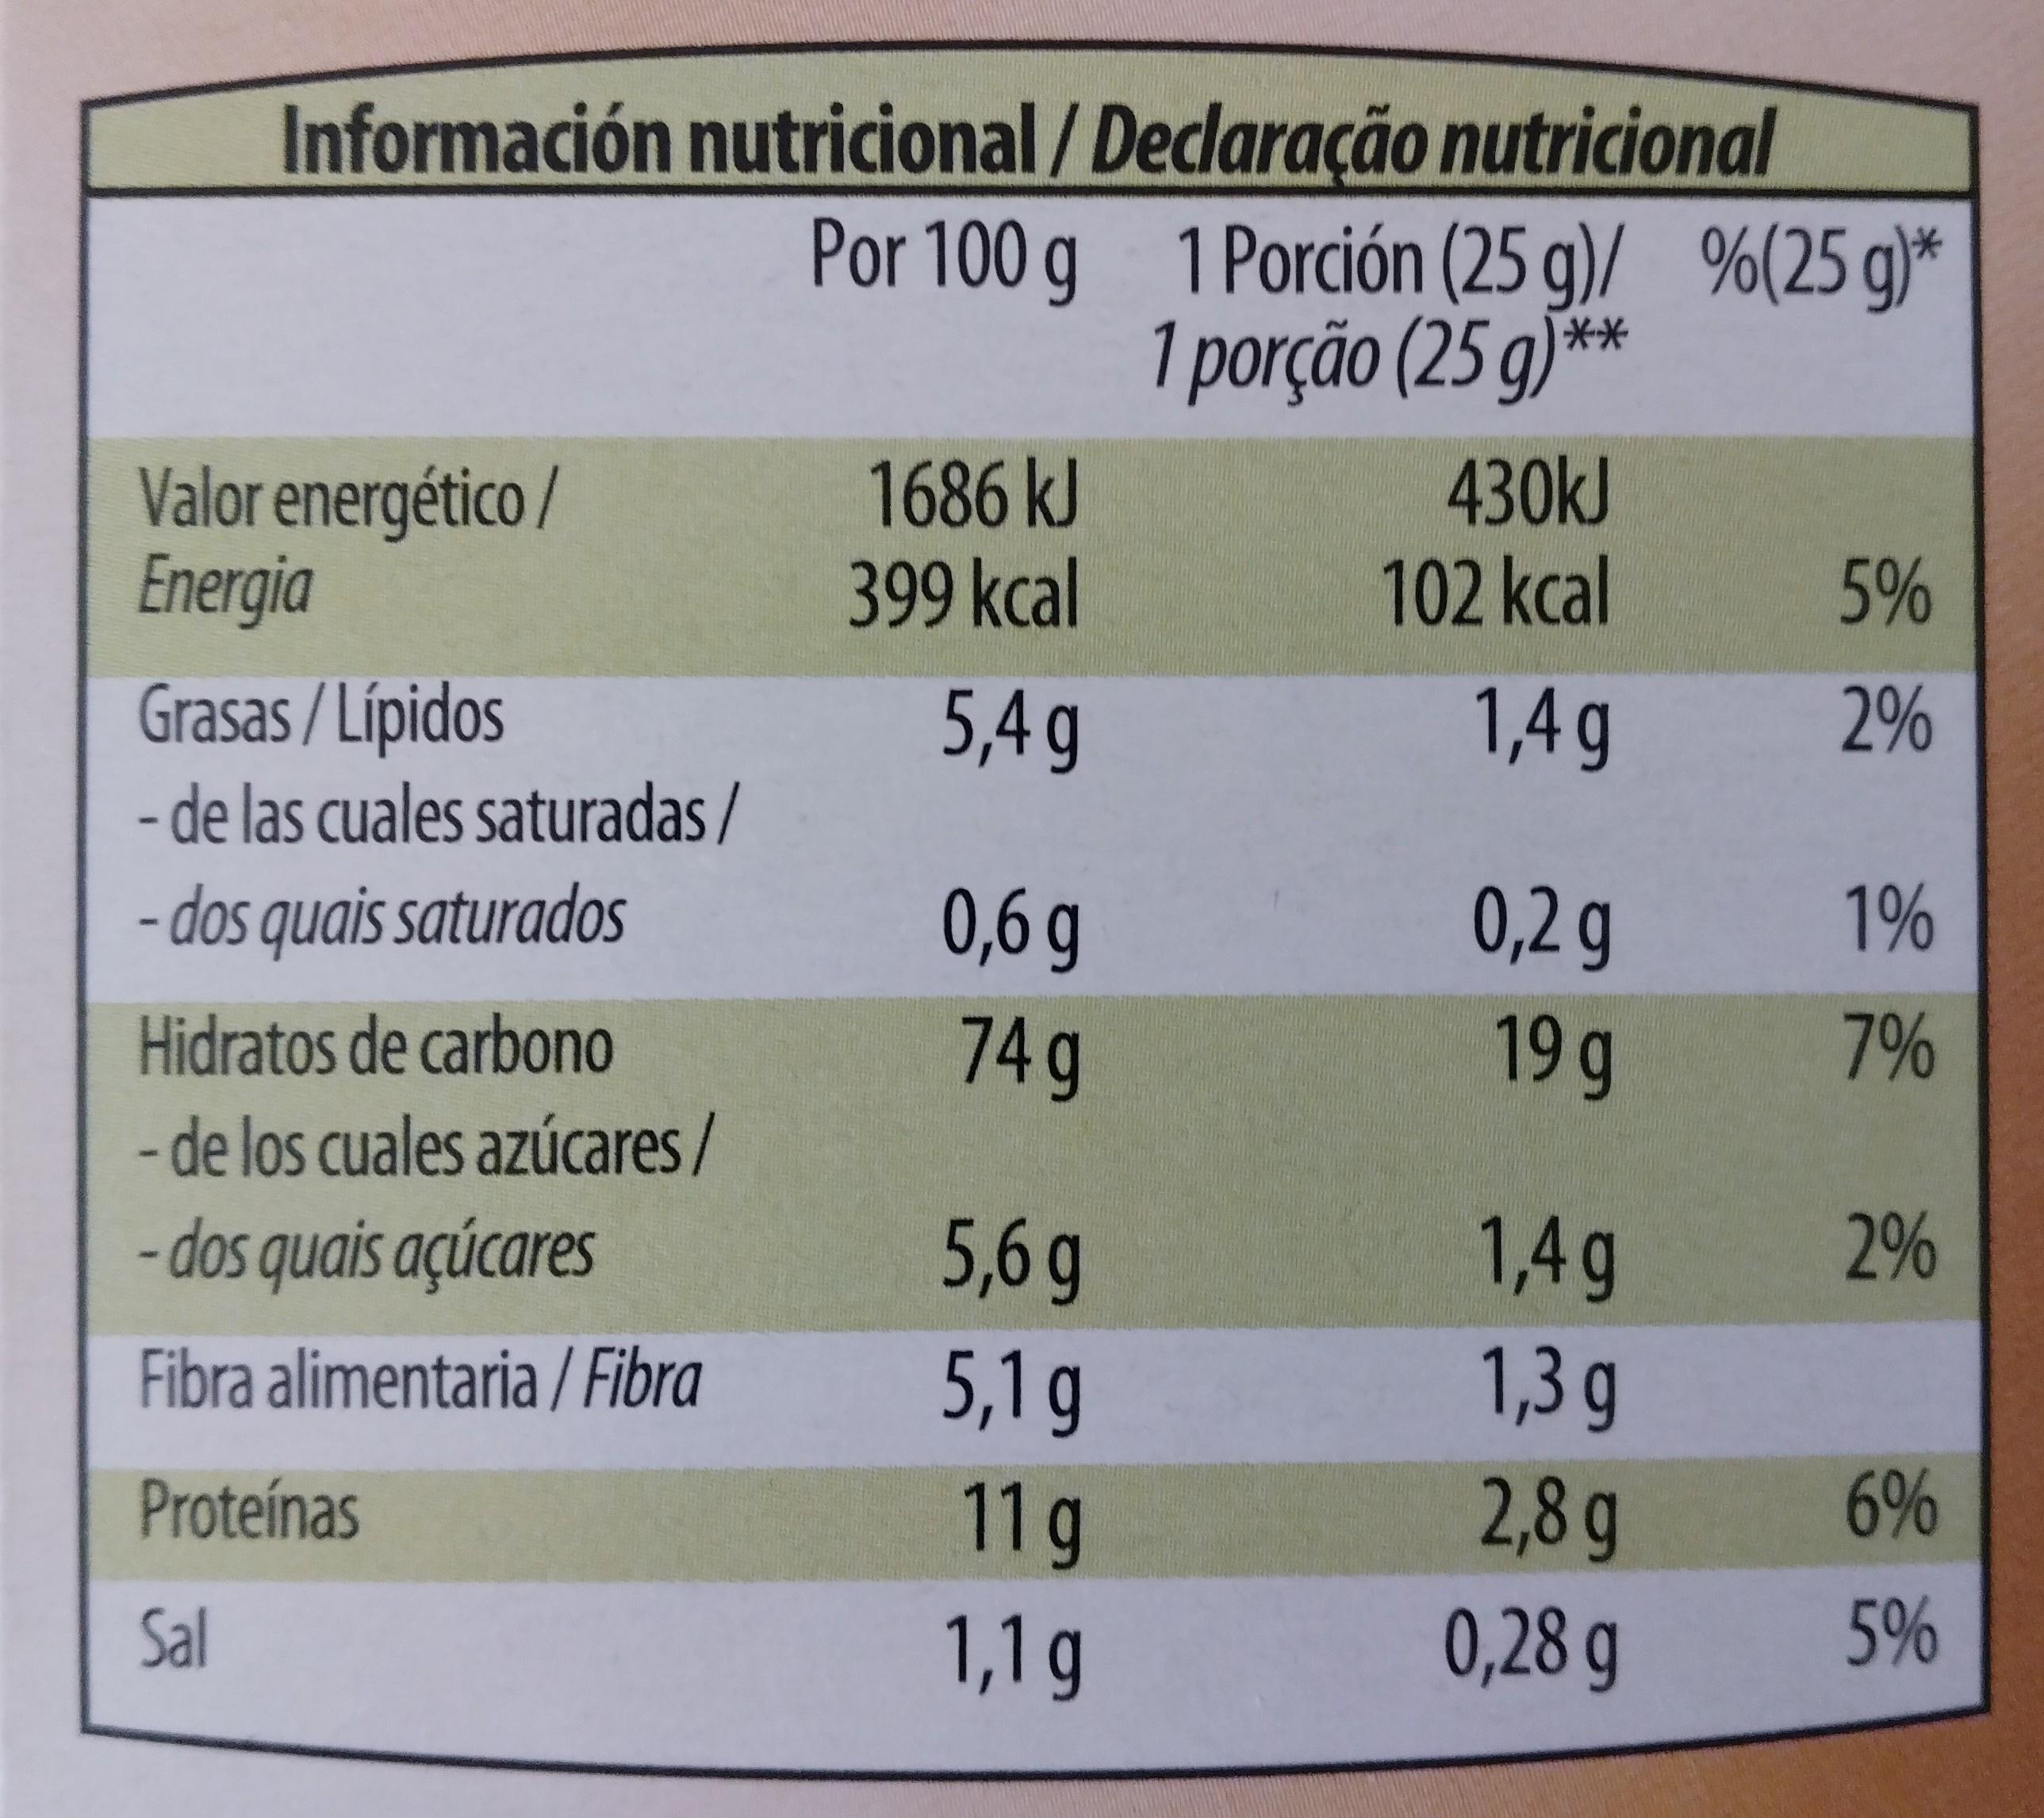
Información nutricional/Declaração nutricional Por 100 g 1 Porción (25 g)/ %(25 g)* 1 porção (25 g **
Valor energético / Energia
1686 kJ 399kcal
430KJ 102kcal
5%
Grasas / Lípidos
5,4g
1,4g
2%
- de las cuales saturadas /
- dos quais saturados
0,6g
0,2 g
1%
Hidratos de carbono
74g
19 g
7%
- de los cuales azúcares/ - dos quais açúcares
5,6 g
1,4g
2%
Fibra alimentaria / Fibra
5,1 g
1,3 g
Proteínas
11g
2,8g
6%
Sal
1,1 g
0,28 g
5%